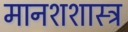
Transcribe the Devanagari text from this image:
मानशशास्त्र